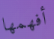
أفهمها